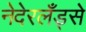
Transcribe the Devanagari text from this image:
नेदेरलँड्से